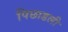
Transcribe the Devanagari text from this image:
पिछाडली